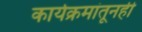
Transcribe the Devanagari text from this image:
कार्यक्रमांतूनही